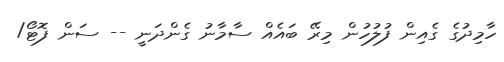
ހާމިދުގެ ގެއިން ފުލުހުން މިރޭ ބައެއް ސާމާނު ގެންދަނީ -- ސަން ފޮޓޯ/